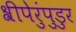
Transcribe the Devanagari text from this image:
श्रीपेरुंपुडुर